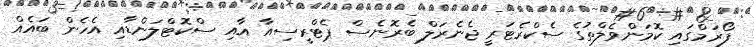
ފޯރަމްގައި ކޮމަންވެލްތުގެ ސެކްރެޓަރީ ޖެނެރަލް ބެރޮނެސް ޕެޓްރީސިއާ އާއި ސްކޮޓްލަންޑާއި އެހެން ބައެއް